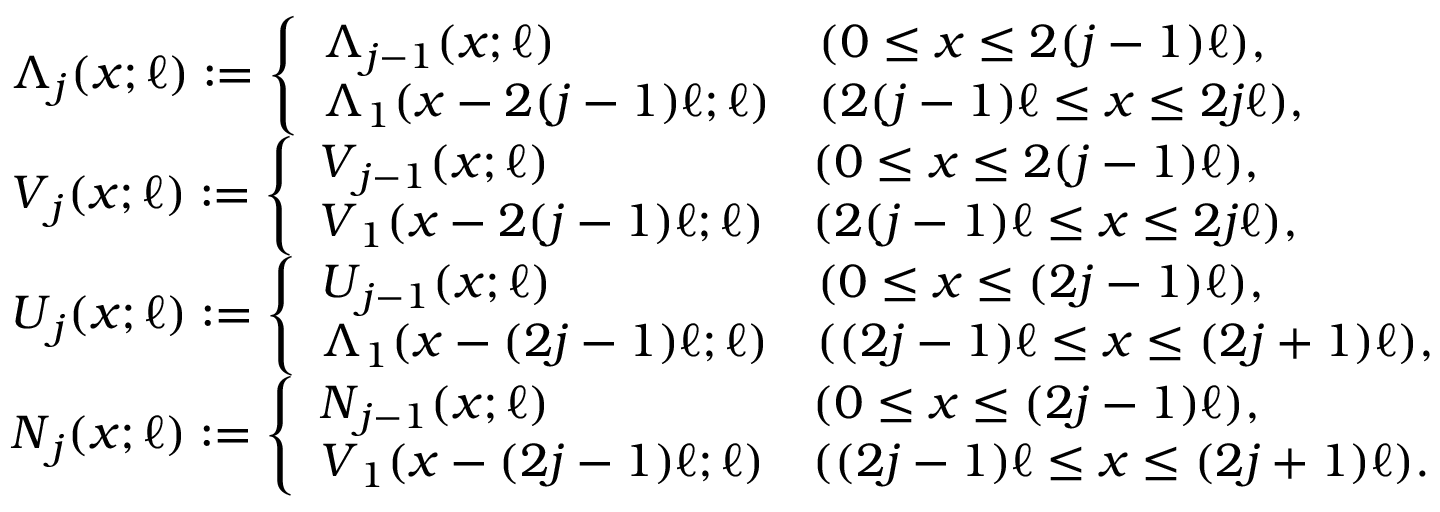
\begin{array} { r l } & { \boldsymbol { \Lambda } _ { j } ( x ; \ell ) : = \left\{ \begin{array} { l l } { \boldsymbol { \Lambda } _ { j - 1 } ( x ; \ell ) } & { ( 0 \leq x \le 2 ( j - 1 ) \ell ) , } \\ { \boldsymbol { \Lambda } _ { 1 } ( x - 2 ( j - 1 ) \ell ; \ell ) } & { ( 2 ( j - 1 ) \ell \le x \le 2 j \ell ) , } \end{array} \right. } \\ & { \boldsymbol { V } _ { j } ( x ; \ell ) : = \left\{ \begin{array} { l l } { \boldsymbol { V } _ { j - 1 } ( x ; \ell ) } & { ( 0 \leq x \le 2 ( j - 1 ) \ell ) , } \\ { \boldsymbol { V } _ { 1 } ( x - 2 ( j - 1 ) \ell ; \ell ) } & { ( 2 ( j - 1 ) \ell \le x \le 2 j \ell ) , } \end{array} \right. } \\ & { \boldsymbol { U } _ { j } ( x ; \ell ) : = \left\{ \begin{array} { l l } { \boldsymbol { U } _ { j - 1 } ( x ; \ell ) } & { ( 0 \leq x \le ( 2 j - 1 ) \ell ) , } \\ { \boldsymbol { \Lambda } _ { 1 } ( x - ( 2 j - 1 ) \ell ; \ell ) } & { ( ( 2 j - 1 ) \ell \le x \le ( 2 j + 1 ) \ell ) , } \end{array} \right. } \\ & { \boldsymbol { N } _ { j } ( x ; \ell ) : = \left\{ \begin{array} { l l } { \boldsymbol { N } _ { j - 1 } ( x ; \ell ) } & { ( 0 \leq x \le ( 2 j - 1 ) \ell ) , } \\ { \boldsymbol { V } _ { 1 } ( x - ( 2 j - 1 ) \ell ; \ell ) } & { ( ( 2 j - 1 ) \ell \le x \le ( 2 j + 1 ) \ell ) . } \end{array} \right. } \end{array}